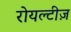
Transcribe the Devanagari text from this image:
रोयल्टीज़